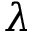
\boldsymbol { \lambda }